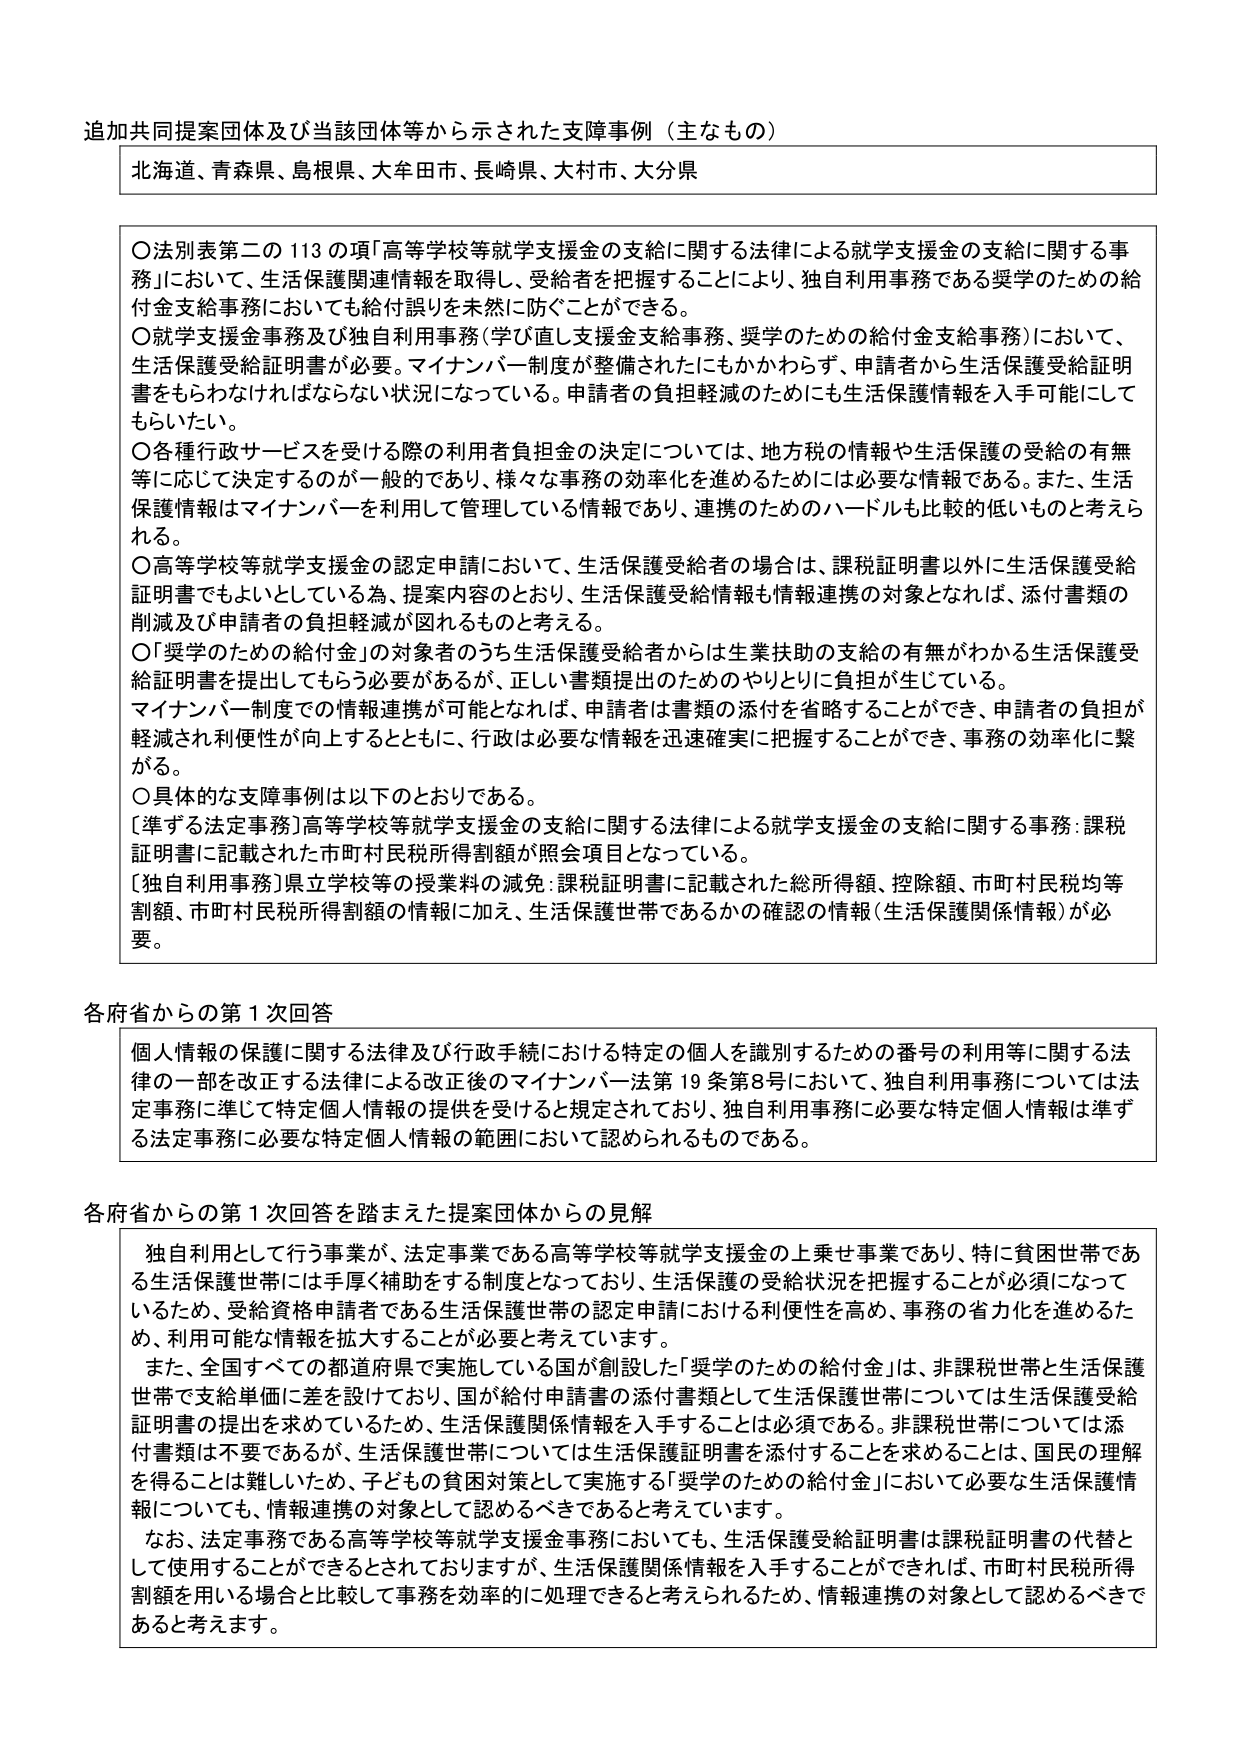
追加共同提案団体及び当該団体等から示された支障事例（主なもの）

北海道、青森県、島根県、大牟田市、長崎県、大村市、大分県

○法別表第二の113の項「高等学校等就学支援金の支給に関する法律による就学支援金の支給に関する事務」において、生活保護関連情報を取得し、受給者を把握することにより、独自利用事務である奨学のための給付金支給事務においても給付誤りを未然に防ぐことができる。

○就学支援金事務及び独自利用事務（学び直し支援金支給事務、奨学のための給付金支給事務）において、生活保護受給証明書が必要。マイナンバー制度が整備されたにもかかわらず、申請者から生活保護受給証明書をもらわなければならない状況になっている。申請者の負担軽減のためにも生活保護情報を入手可能にしてもらいたい。

○各種行政サービスを受ける際の利用者負担金の決定については、地方税の情報や生活保護の受給の有無等に応じて決定するのが一般的であり、様々な事務の効率化を進めるためには必要な情報である。また、生活保護情報はマイナンバーを利用して管理している情報であり、連携のためのハードルも比較的低いものと考えられる。

○高等学校等就学支援金の認定申請において、生活保護受給者の場合は、課税証明書以外に生活保護受給証明書でもよいとしている為、提案内容のとおり、生活保護受給情報も情報連携の対象となれば、添付書類の削減及び申請者の負担軽減が図れるものと考える。

○「奨学のための給付金」の対象者のうち生活保護受給者からは生業扶助の支給の有無がわかる生活保護受給証明書を提出してもらう必要があるが、正しい書類提出のためのやりとりに負担が生じている。

マイナンバー制度での情報連携が可能となれば、申請者は書類の添付を省略することができ、申請者の負担が軽減され利便性が向上するとともに、行政は必要な情報を迅速確実に把握することができ、事務の効率化に繋がる。

○具体的な支障事例は以下のとおりである。

[準ずる法定事務]高等学校等就学支援金の支給に関する法律による就学支援金の支給に関する事務：課税証明書に記載された市町村民税所得割額が照会項目となっている。

[独自利用事務]県立学校等の授業料の減免：課税証明書に記載された総所得額、控除額、市町村民税均等割額、市町村民税所得割額の情報に加え、生活保護世帯であるかの確認の情報（生活保護関係情報）が必要。

各府省からの第1次回答

個人情報の保護に関する法律及び行政手続における特定の個人を識別するための番号の利用等に関する法律の一部を改正する法律による改正後のマイナンバー法第19条第8号において、独自利用事務については法定事務に準じて特定個人情報の提供を受けると規定されており、独自利用事務に必要な特定個人情報は準ずる法定事務に必要な特定個人情報の範囲において認められるものである。

各府省からの第1次回答を踏まえた提案団体からの見解

独自利用として行う事業が、法定事業である高等学校等就学支援金の上乗せ事業であり、特に貧困世帯である生活保護世帯には手厚く補助をする制度となっており、生活保護の受給状況を把握することが必須になっているため、受給資格申請者である生活保護世帯の認定申請における利便性を高め、事務の省力化を進めるため、利用可能な情報を拡大することが必要と考えています。

また、全国すべての都道府県で実施している国が創設した「奨学のための給付金」は、非課税世帯と生活保護世帯で支給単価に差を設けており、国が給付申請書の添付書類として生活保護世帯については生活保護受給証明書の提出を求めているため、生活保護関係情報を入手することは必須である。非課税世帯については添付書類は不要であるが、生活保護世帯については生活保護証明書を添付することを求めるることは、国民の理解を得ることは難しいため、子どもの貧困対策として実施する「奨学のための給付金」において必要な生活保護情報についても、情報連携の対象として認めるべきであると考えています。

なお、法定事務である高等学校等就学支援金事務においても、生活保護受給証明書は課税証明書の代替として使用することができるとしておりますが、生活保護関係情報を入手することができれば、市町村民税所得割額を用いる場合と比較して事務を効率的に処理できると考えられるため、情報連携の対象として認めるべきであると考えます。